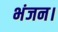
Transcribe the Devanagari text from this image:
भंजन।